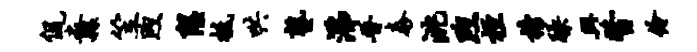
侃纛笠煦隰柢哄塾沸晋泰洮煦桓榜躁兴瞥伶